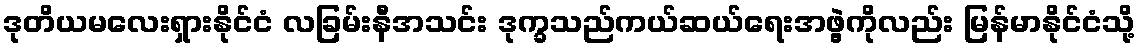
ဒုတိယမလေးရှားနိုင်ငံ လခြမ်းနီအသင်း ဒုက္ခသည်ကယ်ဆယ်ရေးအဖွဲ့ကိုလည်း မြန်မာနိုင်ငံသို့